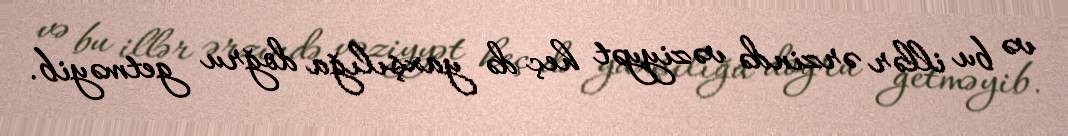
və bu illər ərzində vəziyyət heç də yaxşılığa doğru getməyib.